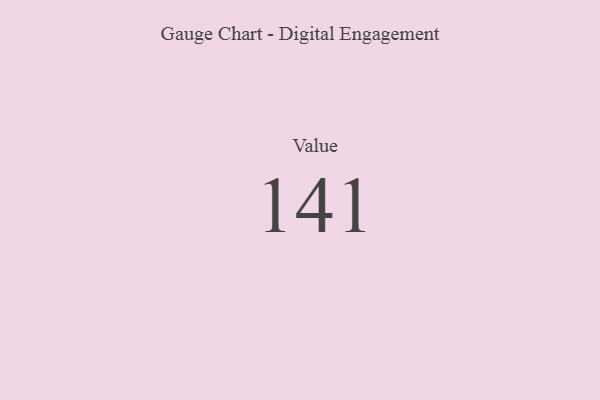
{"axis": {"x": "Metric", "y": "Value"}, "legend": [""], "data": [{"x": "Value", "y": 141, "type": ""}]}